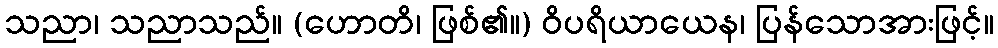
သညာ၊ သညာသည်။ (ဟောတိ၊ ဖြစ်၏။) ဝိပရိယာယေန၊ ပြန်သောအားဖြင့်။